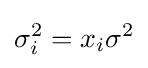
\sigma _{i}^{2}=x_{i}\sigma ^{2}